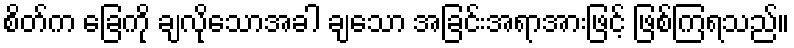
စိတ်က ခြေကို ချလိုသောအခါ ချသော အခြင်းအရာအားဖြင့် ဖြစ်ကြရသည်။